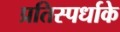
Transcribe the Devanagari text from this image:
प्रतिस्पर्धाके